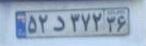
۵۲د۳۷۲۳۶